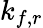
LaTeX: k_{f,r}